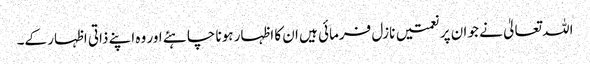
اللہ تعالیٰ نے جو ان پر نعمتیں نازل فرمائی ہیں ان کا اظہار ہونا چاہئے اور وہ اپنے ذاتی اظہار کے۔